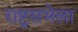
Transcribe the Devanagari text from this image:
राष्ट्रसभेला